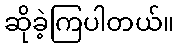
ဆိုခဲ့ကြပါတယ်။